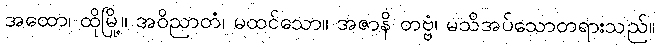
အထော၊ ထိုမြို့။ အဝိညာတံ၊ မထင်သော။ အဇာနိ တဗ္ဗံ၊ မသိအပ်သောတရားသည်။